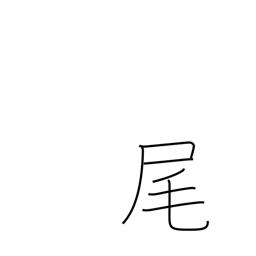
Meaning: lower slope of mountain